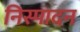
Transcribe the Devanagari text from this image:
निस्पादन